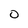
Character: O